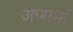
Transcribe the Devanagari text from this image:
अप्सर्मा